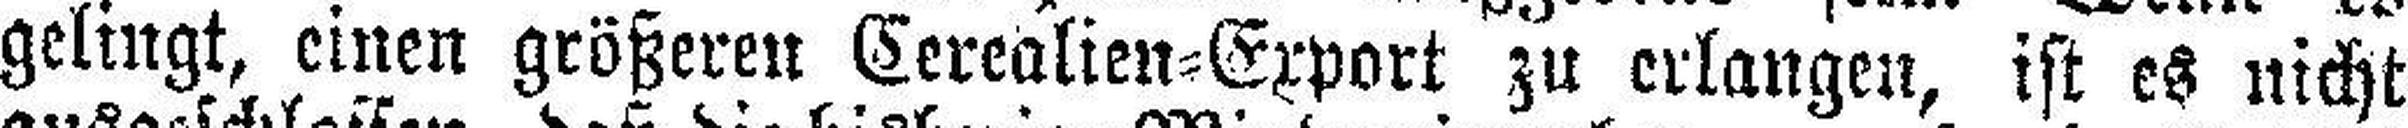
gelingt, einen größeren Cerealien=Export zu erlangen, ist es nicht